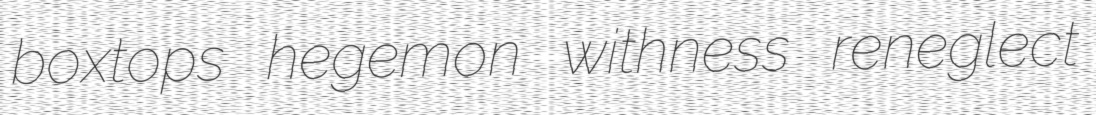
boxtops hegemon withness reneglect